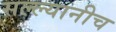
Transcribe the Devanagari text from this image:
सल्ल्यानीच